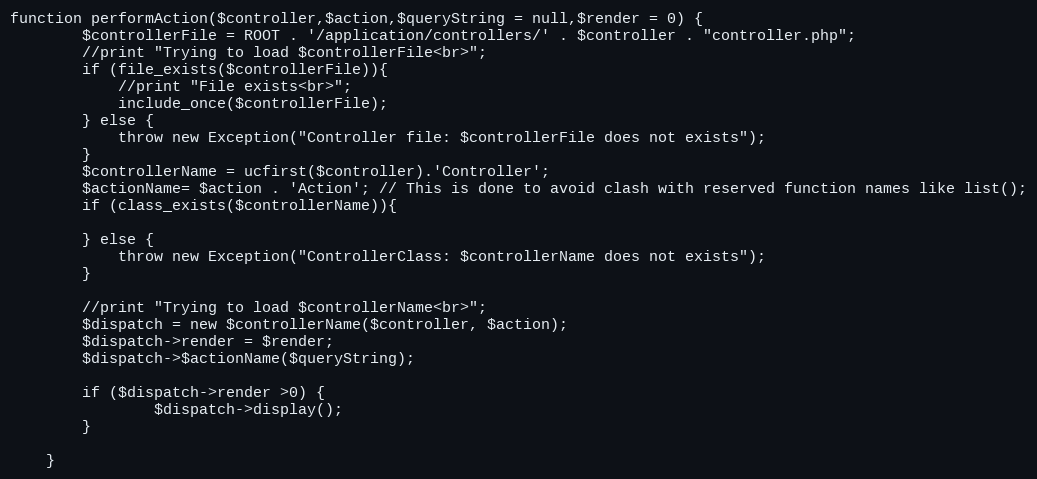
Language: PHP
function performAction($controller,$action,$queryString = null,$render = 0) {
		$controllerFile = ROOT . '/application/controllers/' . $controller . "controller.php";
		//print "Trying to load $controllerFile<br>";
		if (file_exists($controllerFile)){
			//print "File exists<br>";
			include_once($controllerFile);
		} else {
			throw new Exception("Controller file: $controllerFile does not exists");
		}
		$controllerName = ucfirst($controller).'Controller';
		$actionName= $action . 'Action'; // This is done to avoid clash with reserved function names like list();
		if (class_exists($controllerName)){

		} else {
			throw new Exception("ControllerClass: $controllerName does not exists");
		}

		//print "Trying to load $controllerName<br>";
		$dispatch = new $controllerName($controller, $action);
		$dispatch->render = $render;
		$dispatch->$actionName($queryString);

		if ($dispatch->render >0) {
				$dispatch->display();
		}

	}